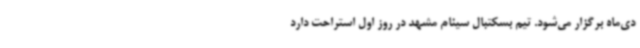
دی‌ماه برگزار می‌شود. تیم بسکتبال سینام مشهد در روز اول استراحت دارد